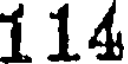
114